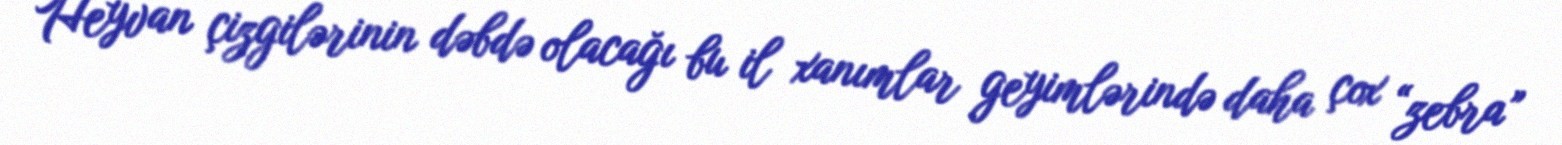
Heyvan çizgilərinin dəbdə olacağı bu il xanımlar geyimlərində daha çox “zebra”